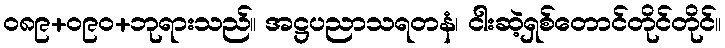
၀၈၉+၀၉၀+ဘုရားသည်။ အဋ္ဌပညာသရတနံ၊ ငါးဆဲ့ရှစ်တောင်တိုင်တိုင်။